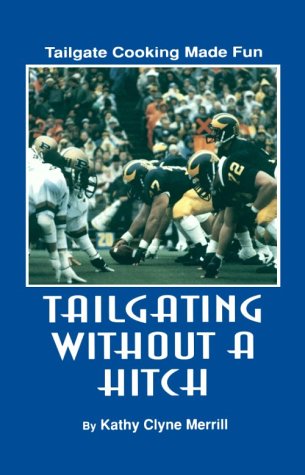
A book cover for Tailgating without a Hitch - Tailgate Cooking Made Fun; Kathy Clyne Merrill; Cookbooks, Food & Wine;